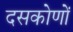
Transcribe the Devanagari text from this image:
दसकोणों